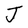
Character: J